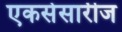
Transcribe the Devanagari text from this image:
एकसेसारीज